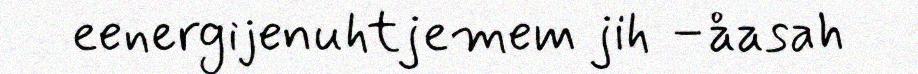
eenergijenuhtjemem jih –åasah